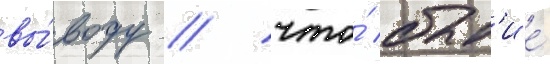
вы́воду / что́ быт'ие́